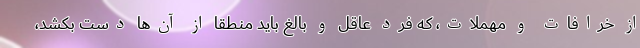
از خرافات و مهملات، که فرد عاقل و بالغ باید منطقاً از آن‌ها دست بکشد،